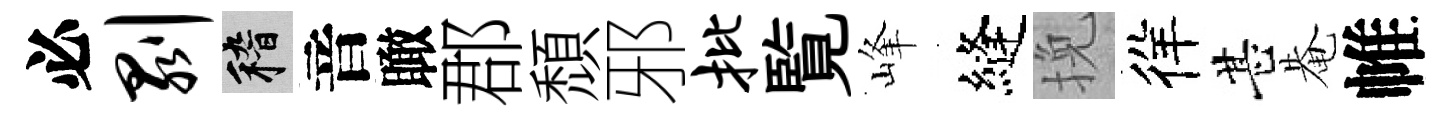
必剥稽音瞰郡頹邪批覧峰縫挽徉甚𤲅帷